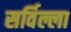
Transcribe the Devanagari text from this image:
सर्विल्ला